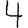
Digit: 4